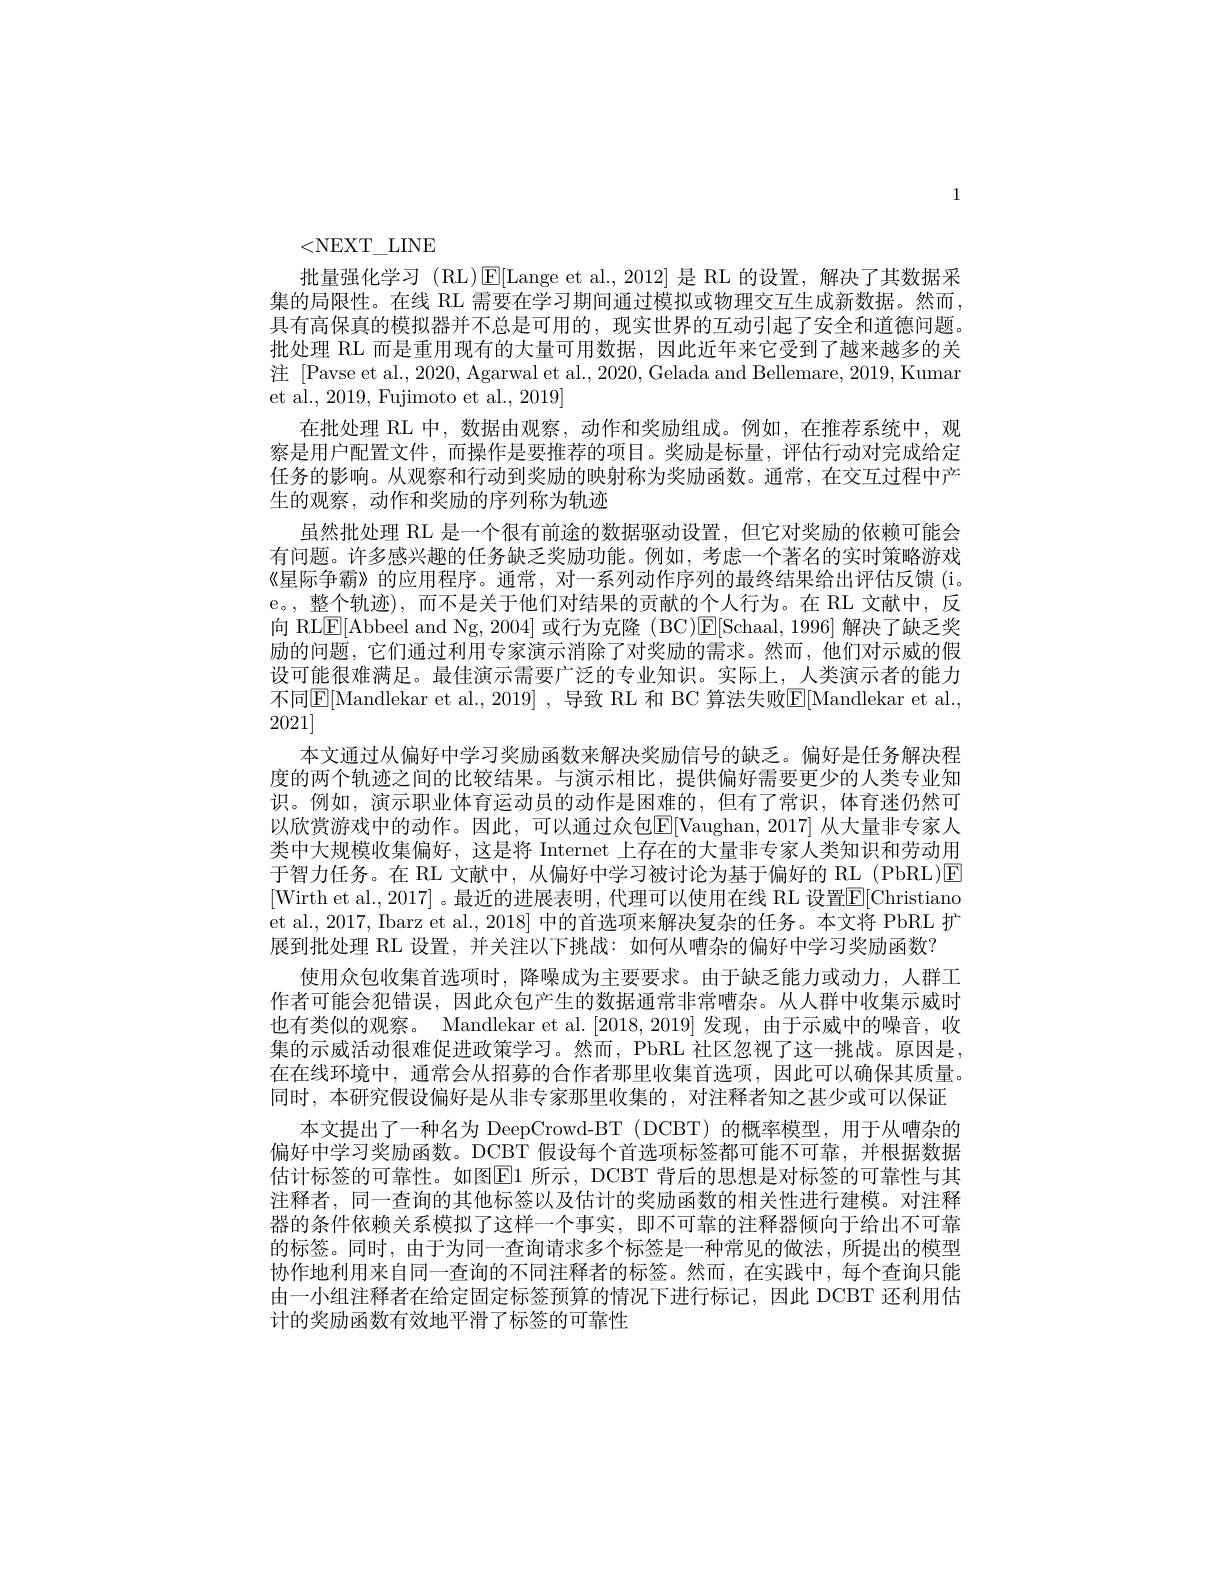
1

<NEXT\_LINE
批量强化学习(RL)$\operatorname{E}[$Lange et al.,2012]是 RL 的设置，解决了其数据采集的局限性。在线 RL 需要在学习期间通过模拟或物理交互生成新数据。然而， 具有高保真的模拟器并不总是可用的，现实世界的互动引起了安全和道德问题。批处理 RL 而是重用现有的大量可用数据，因此近年来它受到了越来越多的关注 [Pavse et al., 2020, Agarwal et al., 2020, Gelada and Bellemare, 2019, Kumar et al., 2019, Fujimoto et al., 2019]
在批处理 RL 中，数据由观察，动作和奖励组成。例如，在推荐系统中，观察是用户配置文件，而操作是要推荐的项目。奖励是标量，评估行动对完成给定任务的影响。从观察和行动到奖励的映射称为奖励函数。通常，在交互过程中产生的观察，动作和奖励的序列称为轨迹
虽然批处理 RL 是一个很有前途的数据驱动设置，但它对奖励的依赖可能会有问题。许多感兴趣的任务缺乏奖励功能。例如，考虑一个著名的实时策略游戏《星际争霸》的应用程序。通常，对一系列动作序列的最终结果给出评估反馈(i. e。,整个轨迹),而不是关于他们对结果的贡献的个人行为。在 RL 文献中，反向 RL$\underline{\mathrm{E}}[$Abbeel and Ng, 2004] 或行为克隆 ( BC)$\underline{\mathrm{E}}[$Schaal, 1996] 解决了缺乏奖励的问题，它们通过利用专家演示消除了对奖励的需求。然而，他们对示威的假设可能很难满足。最佳演示需要广泛的专业知识。实际上，人类演示者的能力不同$\underline{\mathrm{E}}[$Mandlekar et al., 2019] , 导致 RL 和 BC 算法失败$\underline{\mathrm{E}}[$Mandlekar et al., 2021]
本文通过从偏好中学习奖励函数来解决奖励信号的缺乏。偏好是任务解决程度的两个轨迹之间的比较结果。与演示相比，提供偏好需要更少的人类专业知识。例如，演示职业体育运动员的动作是困难的，但有了常识，体育迷仍然可以欣赏游戏中的动作。因此，可以通过众包E[Vaughan, 2017] 从大量非专家人类中大规模收集偏好，这是将 Internet 上存在的大量非专家人类知识和劳动用于智力任务。在 RL 文献中，从偏好中学习被讨论为基于偏好的 RL (PbRL)E [Wirth et al.,2017] 。最近的进展表明，代理可以使用在线 RL 设置$\overline{\mathrm{E}}[$Christiano et al., 2017, Ibarz et al., 2018] 中的首选项来解决复杂的任务。本文将 PbRL 扩展到批处理 RL 设置，并关注以下挑战：如何从嘈杂的偏好中学习奖励函数？
使用众包收集首选项时，降噪成为主要要求。由于缺乏能力或动力，人群工作者可能会犯错误，因此众包产生的数据通常非常嘈杂。从人群中收集示威时也有类似的观察。Mandlekar et al.[2018,2019] 发现，由于示威中的噪音，收集的示威活动很难促进政策学习。然而，PbRL 社区忽视了这一挑战。原因是， 在在线环境中，通常会从招募的合作者那里收集首选项，因此可以确保其质量。同时，本研究假设偏好是从非专家那里收集的，对注释者知之甚少或可以保证
本文提出了一种名为 DeepCrowd-BT (DCBT) 的概率模型，用于从嘈杂的偏好中学习奖励函数。DCBT 假设每个首选项标签都可能不可靠，并根据数据估计标签的可靠性。如图$\boxed{\mathrm{E}}1$ 所示，DCBT 背后的思想是对标签的可靠性与其注释者，同一查询的其他标签以及估计的奖励函数的相关性进行建模。对注释器的条件依赖关系模拟了这样一个事实，即不可靠的注释器倾向于给出不可靠的标签。同时，由于为同一查询请求多个标签是一种常见的做法，所提出的模型协作地利用来自同一查询的不同注释者的标签。然而，在实践中，每个查询只能由一小组注释者在给定固定标签预算的情况下进行标记，因此 DCBT 还利用估计的奖励函数有效地平滑了标签的可靠性